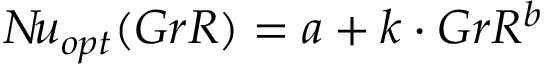
N \! u _ { o p t } ( G r R ) = a + k \cdot G r R ^ { b }